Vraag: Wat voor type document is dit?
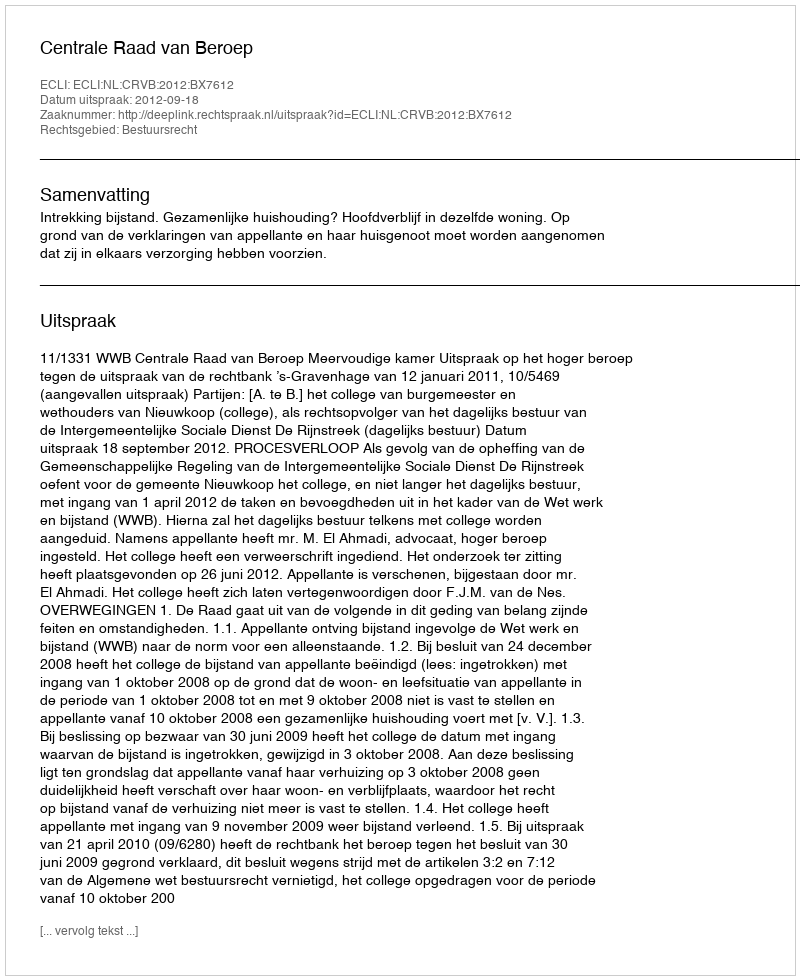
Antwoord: Uitspraak